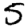
Digit: 5